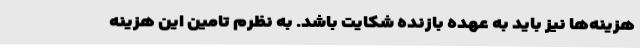
هزینه‌ها نیز باید به عهده بازنده شکایت باشد. به نظرم تامین این هزینه